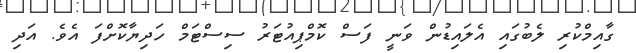
ގާއިމްކުރި ލެބުގައި އެލައިޑުން ވަނީ ފަސް ކޮމްޕިއުޓަރު ސިސްޓަމް ހަދިޔާކޮށްފަ އެވެ. އަދި